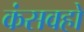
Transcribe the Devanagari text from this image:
कंसवहो